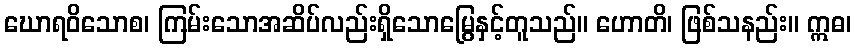
ဃောရဝိသောစ၊ ကြမ်းသောအဆိပ်လည်းရှိသောမြွေနှင့်တူသည်။ ဟောတိ၊ ဖြစ်သနည်း။ ဣဓ၊